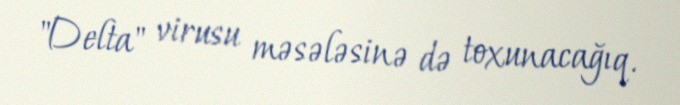
"Delta" virusu məsələsinə də toxunacağıq.